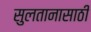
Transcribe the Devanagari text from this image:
सुलतानासाठी